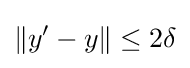
\|y'-y\|\leq 2\delta